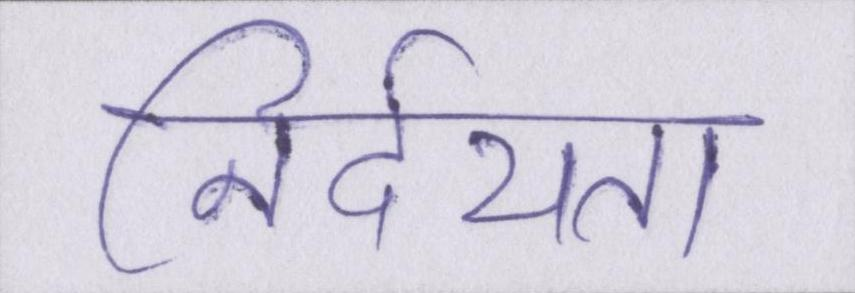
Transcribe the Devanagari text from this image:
निर्दयता